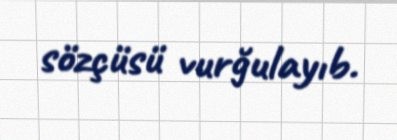
sözçüsü vurğulayıb.